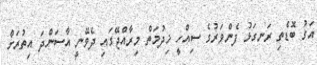
އަގު ބޮޑެތި ރަނގަޅު ފެންވަރުގެ ސިއްހީ ޚިދުމަތް މިރާއްޖޭގައި ދެވޭނީ އާސަންދަ އިތުރަށް